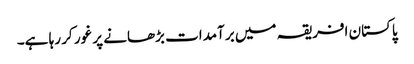
پاکستان افریقہ میں برآمدات بڑھانے پر غور کر رہا ہے۔